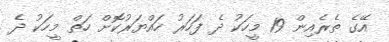
އޭގެ ތެރެއިން 19 މީހަކު ދެ ފަހަރު ހައްޔަރުކޮށް ހަތް މީހަކު ދެ